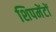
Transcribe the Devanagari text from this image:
शिपमेंटों